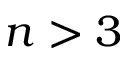
n > 3